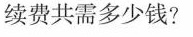
续费共需多少钱?